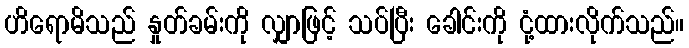
ဟိရောမိသည် နှုတ်ခမ်းကို လျှာဖြင့် သပ်ပြီး ခေါင်းကို ငုံ့ထားလိုက်သည်။